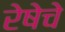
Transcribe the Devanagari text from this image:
रेषेचे